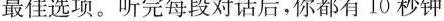
最佳选项.听完每段对话后,你都有 10 秒钟